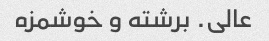
عالی. برشته و خوشمزه